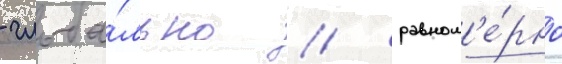
- глоба́льно / равном'е́рно